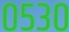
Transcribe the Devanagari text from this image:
०५३०